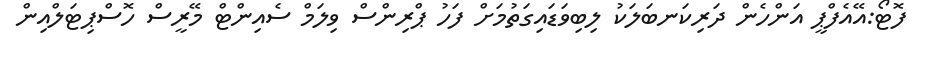
ފޮޓޯ:އޭއެފްޕީ އަންހެން ދަރިކަނބަލަކު ލިބިވަޑައިގަތުމަށް ފަހު ޕްރިންސް ވިލަމް ސެއިންޓް މޭރީސް ހޮސްޕިޓަލްއިން